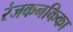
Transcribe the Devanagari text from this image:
रंजकनकिका